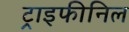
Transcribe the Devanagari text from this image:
ट्राइफीनिल